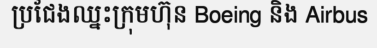
ប្រជែងឈ្នះក្រុមហ៊ុន Boeing និង Airbus